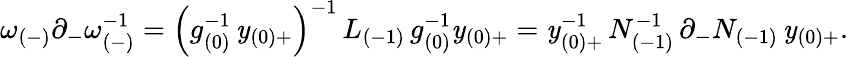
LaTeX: \omega_{(-)}\partial_{-}\omega_{(-)}^{-1}=\left(g_{(0)}^{-1}\, \mathit{y}_{(0)+}\right)^{-1}\, L_{(-1)}\, g_{(0)}^{-1}\mathit{y}_{(0)+}=\mathit{y}_{(0)+}^{-1}\, N_{(-1)}^{-1}\, \partial_{-}N_{(-1)}\, \mathit{y}_{(0)+}.